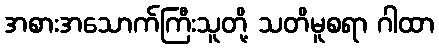
အစားအသောက်ကြီးသူတို့ သတိမူစရာ ဂါထာ